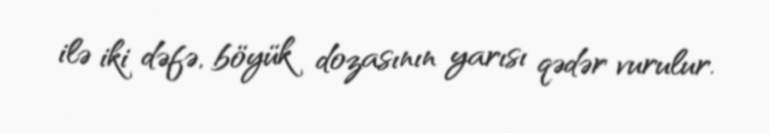
ilə iki dəfə, böyük dozasının yarısı qədər vurulur.